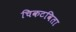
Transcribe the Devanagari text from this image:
चिकटविता